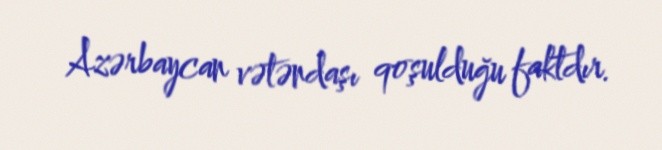
Azərbaycan vətəndaşı qoşulduğu faktdır.